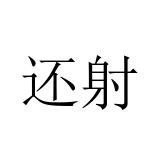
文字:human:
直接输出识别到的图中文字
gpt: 还射